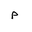
Letter: _mim